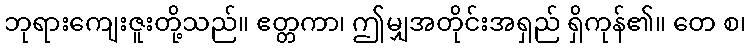
ဘုရားကျေးဇူးတို့သည်။ ဧတ္တကာ၊ ဤမျှအတိုင်းအရှည် ရှိကုန်၏။ တေ စ၊